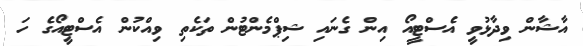
އާޝާން ވިދާޅުވީ އެސްޓީއޯ އިން ގެނައި ޝިޕްމެންޓުން ތަކެތި ވިއްކުން އެސްޓީއޯގެ ހަ